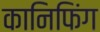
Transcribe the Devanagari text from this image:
कानिफिंग